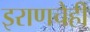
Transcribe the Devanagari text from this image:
इराणचेही